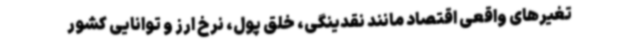
تغیرهای واقعی اقتصاد مانند نقدینگی، خلق پول، نرخ ارز و توانایی کشور